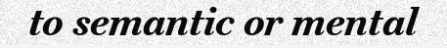
to semantic or mental